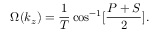
\Omega ( k _ { z } ) = \frac { 1 } { T } \cos ^ { - 1 } [ \frac { P + S } { 2 } ] .